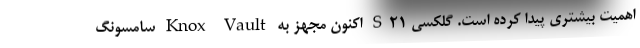
اهمیت بیشتری پیدا کرده است. گلکسی S21 اکنون مجهز به Knox Vault سامسونگ